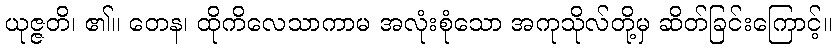
ယုဇ္ဇတိ၊ ၏။ တေန၊ ထိုကိလေသာကာမ အလုံးစုံသော အကုသိုလ်တို့မှ ဆိတ်ခြင်းကြောင့်။